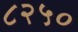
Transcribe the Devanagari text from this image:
८२५०